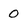
Character: 0